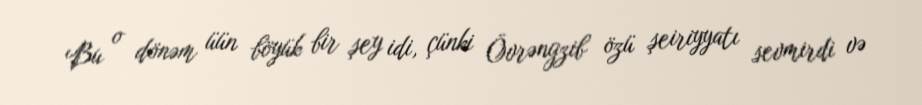
Bu o dönəm üün böyük bir şey idi, çünki Övrəngzib özü şeiriyyatı sevmirdi və